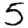
Digit: 5